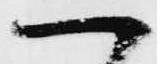
ハ